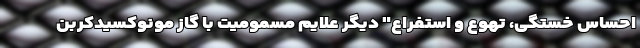
احساس خستگی، تهوع و استفراع" دیگر علایم مسمومیت با گاز مونوکسیدکربن